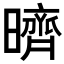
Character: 𣋠